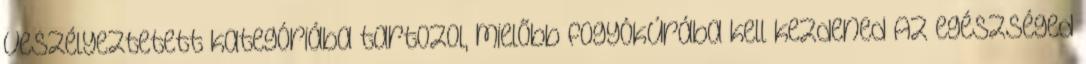
Veszélyeztetett kategóriába tartozol, mielőbb fogyókúrába kell kezdened Az egészséged